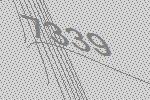
7339